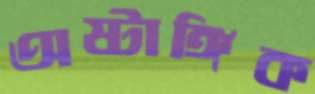
অষ্টাঙ্গিক